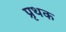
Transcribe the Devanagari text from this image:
प्रृथक